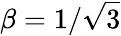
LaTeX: \beta=1/\sqrt{3}